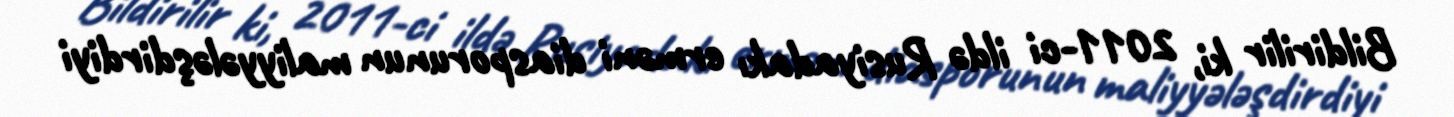
Bildirilir ki, 2011-ci ildə Rusiyadakı erməni diasporunun maliyyələşdirdiyi